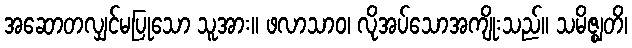
အဆောတလျှင်မပြုသော သူအား။ ဖလာသာဝ၊ လိုအပ်သောအကျိုးသည်။ သမိဇ္ဈတိ၊